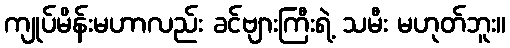
ကျုပ်မိန်းမဟာလည်း ခင်ဗျားကြီးရဲ့ သမီး မဟုတ်ဘူး။